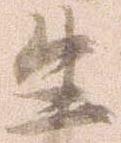
生